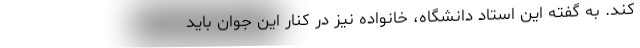
کند. به گفته این استاد دانشگاه، خانواده نیز در کنار این جوان باید